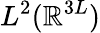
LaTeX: L^{2}(\mathbb{R}^{3L})